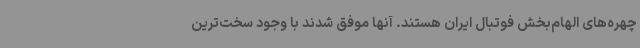
چهره‌های الهام‌بخش فوتبال ایران هستند. آنها موفق شدند با وجود سخت‌ترین